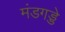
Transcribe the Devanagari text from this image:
मंडगड्डे